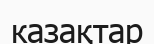
казақтар